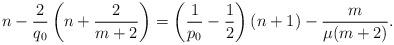
LaTeX: \begin{align*} n -\frac 2 {q_0} \left( n+\frac 2 {m+2} \right)= \left(\frac 1 {p_0} -\frac 1 2 \right)(n+1) -\frac m {\mu (m+2)}. \end{align*}